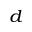
_ { d }